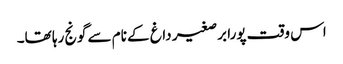
اس وقت پورا برصغیر داغ کے نام سے گونج رہا تھا۔